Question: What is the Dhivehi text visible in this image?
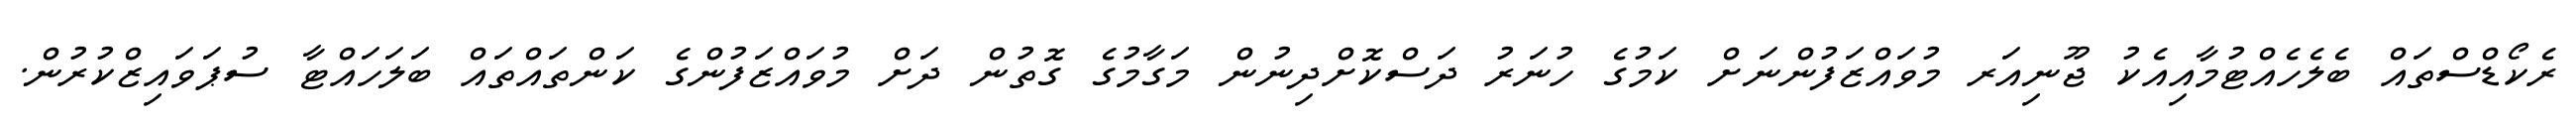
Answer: ރެކޯޑްސްތައް ބެލެހެއްޓުމާއިއެކު ޖޫނިއަރ މުވައްޒަފުންނަށް ކަމުގެ ހުނަރު ދަސްކޮށްދިނުން މަގާމުގެ ގޮތުން ދަށް މުވައްޒަފުންގެ ކަންތައްތައް ބަލަހައްޓާ ސުޕަވައިޒްކުރުން.